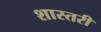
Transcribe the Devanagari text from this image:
शास्तरी